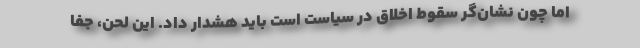
اما چون نشان‌گر سقوط اخلاق در سیاست است باید هشدار داد. این لحن، جفا